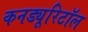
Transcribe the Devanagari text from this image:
कनड्यूरिटॉल